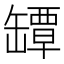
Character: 罈